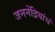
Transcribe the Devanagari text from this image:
जननेंद्रियांचं